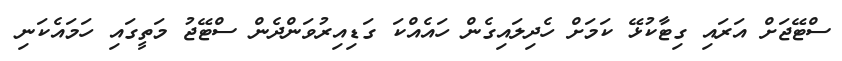
ސްޓޭޖަށް އަރައި ގިޓާކުޅޭ ކަމަށް ހެދިލައިގެން ހައެއްކަ ގަޑިއިރުވަންދެން ސްޓޭޖު މަތީގައި ހަމައެކަނި